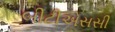
બીટીએસસી